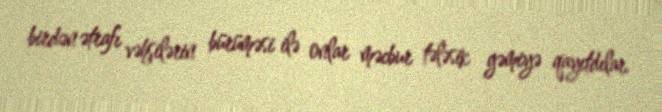
birdən ətrafı vəhşilərin bürüməsi ilə onlar məcbur tələsik gəmiyə qayıtdılar.